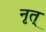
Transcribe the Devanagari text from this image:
नृत्